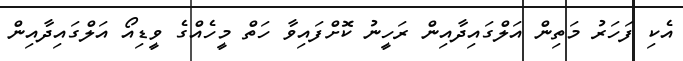
އެކި ފަހަރު މަތިން އަލްގައިދާއިން ރަހީނު ކޮށްފައިވާ ހަތް މީހެއްގެ ވީޑިއޯ އަލްގައިދާއިން